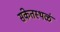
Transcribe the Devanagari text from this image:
संकेतस्थळं